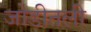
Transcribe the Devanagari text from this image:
जोडीतली